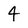
Character: 4